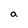
Character: a